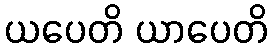
ယပေတိ ယာပေတိ